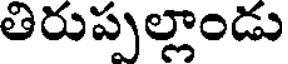
తిరుప్పల్లాండు